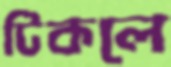
টিকলে